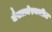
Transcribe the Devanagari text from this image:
जैसलमेरमधील